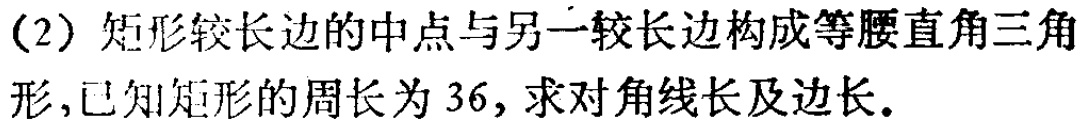
（2）矩形较长边的中点与另一较长边构成等腰直角三角形，已知矩形的周长为 36，求对角线长及边长。